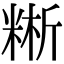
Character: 𥺚